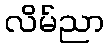
လိမ်ညာ